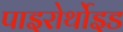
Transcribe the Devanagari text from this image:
पाइरोर्थोइड